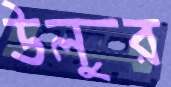
উলুর